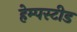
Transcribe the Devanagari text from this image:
हेम्पस्टीड